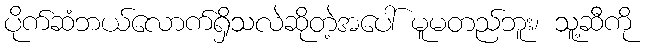
ပိုက်ဆံဘယ်လောက်ရှိသလဲဆိုတဲ့အပေါ် မူမတည်ဘူး၊ သူ့ဆီကို